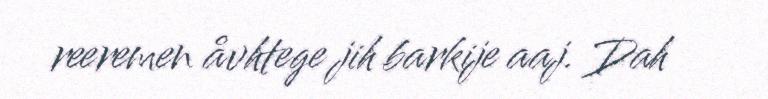
reeremen åvhtege jih barkije aaj. Dah